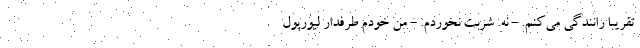
تقریبا رانندگی می‌کنم. - نه. شربت نخوردم. - من خودم طرفدار لیورپول